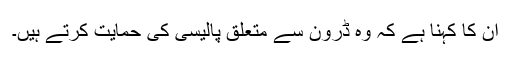
اُن کا کہنا ہے کہ وہ ڈرون سے متعلق پالیسی کی حمایت کرتے ہیں۔